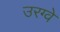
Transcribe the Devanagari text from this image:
उरग्वे